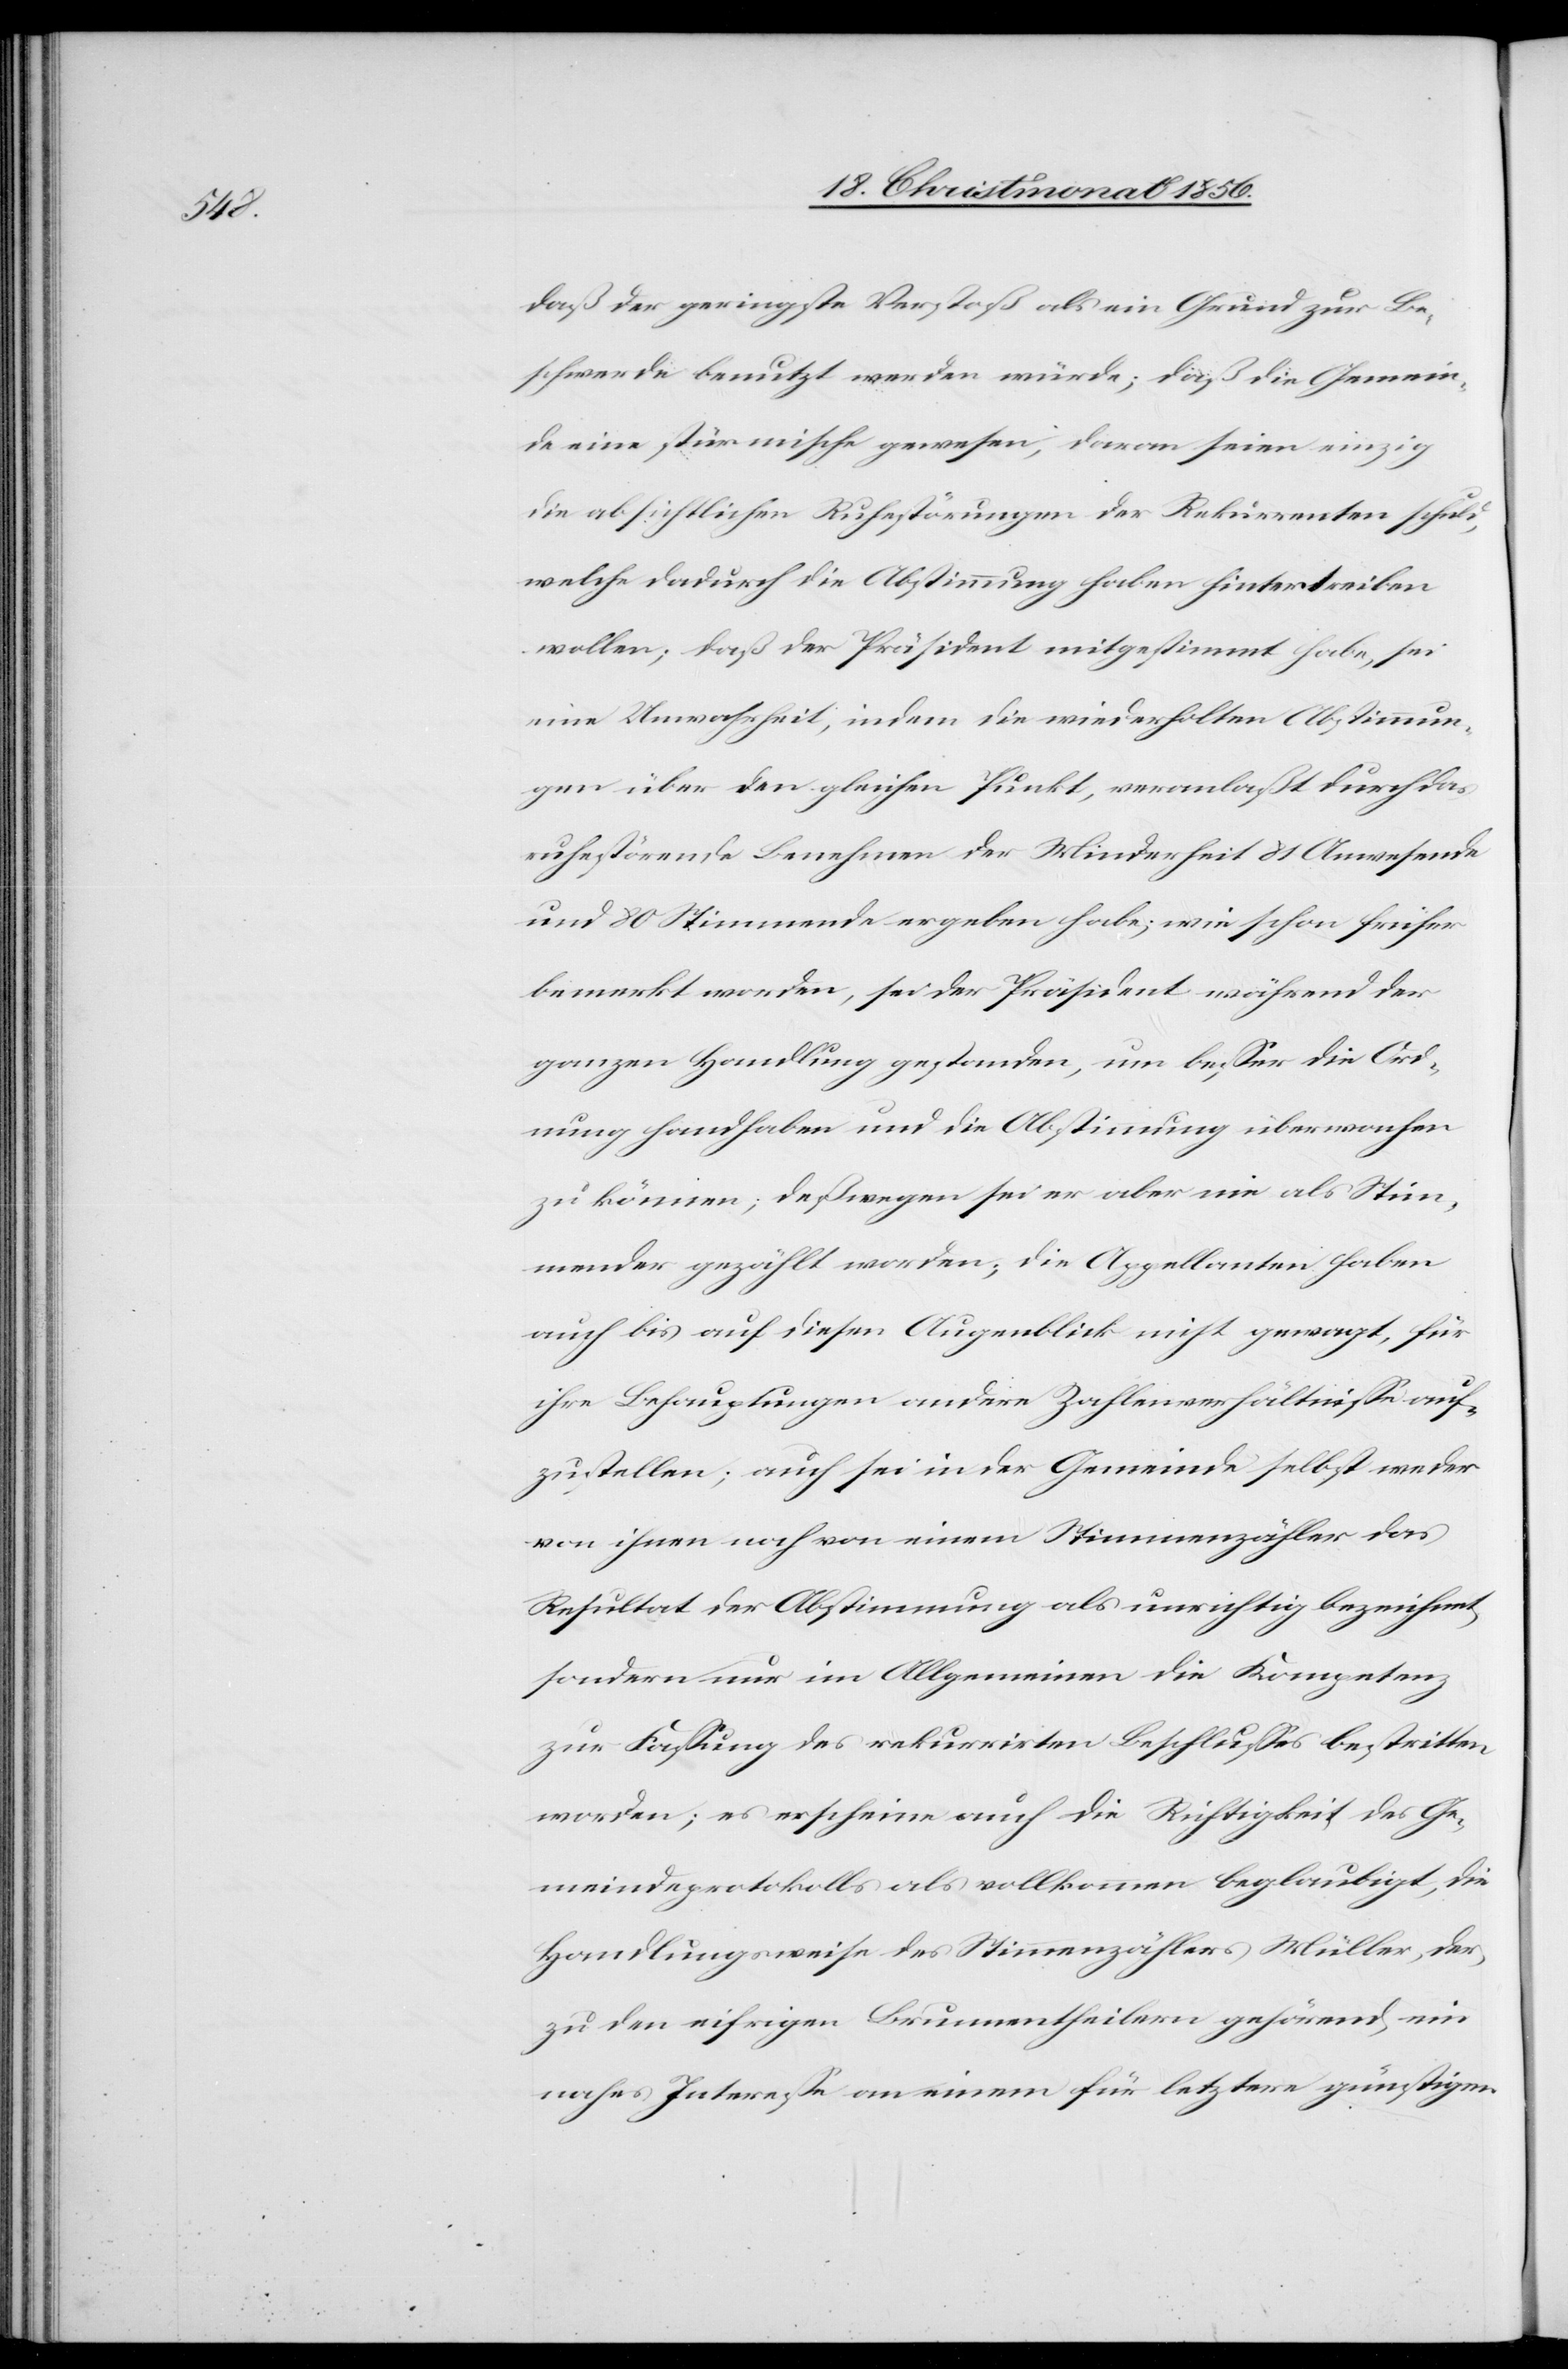
daß der geringste Verstoß als ein Grund zur Be¬
schwerde benutzt werden würde; daß die Gemein¬
de eine stürmische gewesen, daran seien einzig
die absichtlichen Ruhestörungen der Rekurrenten schuld,
welche dadurch die Abstimmung haben hintertreiben
wollen; daß der Präsident mitgestimmt habe, sei
eine Unwahrheit, indem die wiederholten Abstimmun¬
gen über den gleichen Punkt, veranlaßt durch das
ruhestörende Benehmen der Minderheit 81 Anwesende
und 80 Stimmende ergeben habe; wie schon früher
bemerkt worden, sei der Präsident während der
ganzen Handlung gestanden, um besser die Ord¬
nung handhaben und die Abstimmung überwachen
zu können; deßwegen sei er aber nie als Stim¬
mender gezählt worden; die Appellanten haben
auch bis auf diesen Augenblick nicht gewagt, für
ihre Behauptungen andere Zahlenverhältnisse auf¬
zustellen; auch sei in der Gemeinde selbst weder
von ihnen noch von einem Stimmenzähler das
Resultat der Abstimmung als unrichtig bezeichnet,
sondern nur im Allgemeinen die Kompetenz
zur Fassung des rekurrirten Beschlusses bestritten
worden; es erscheine auch die Richtigkeit des Ge¬
meindeprotokolls als vollkommen beglaubigt, die
Handlungsweise des Stimmenzählers Müller, der,
zu den eifrigen Brunnentheilern gehörend, ein
nahes Interesse an einem für letztere günstigen